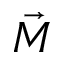
\Vec { M }